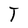
Character: T